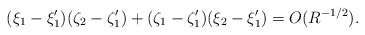
\begin{align*} (\xi_1 - \xi_1')(\zeta_2 - \zeta_1') + (\zeta_1-\zeta_1')(\xi_2 - \xi_1') = O(R^{-1/2}).\end{align*}